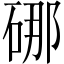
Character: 𪿣